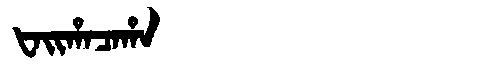
Manchu: ᡶᠠᡳᡥᠠᠴᠠᡥᠠ
Romanization: FAIHACAHA